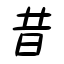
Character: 昔